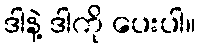
ဒါနဲ့ ဒါကို ပေးပါ။